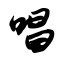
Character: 唱